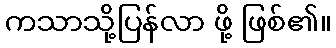
ကသာသို့ပြန်လာ ဖို့ ဖြစ်၏။